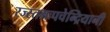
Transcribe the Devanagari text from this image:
रज्स्तमःपचेन्द्रियानी